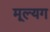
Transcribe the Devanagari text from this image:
मूल्यग